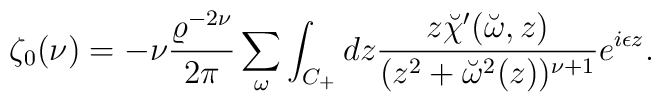
\zeta_0(\nu)=-\nu{\varrho^{-2\nu} \over 2\pi }\sum_\omega\int_{C_+}dz{z \breve{\chi}'(\breve{\omega},z) \over(z^2+\breve{\omega}^2(z))^{\nu+1}}e^{i\epsilon z}.